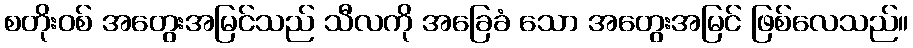
စတိုးဝစ် အတွေးအမြင်သည် သီလကို အခြေခံ သော အတွေးအမြင် ဖြစ်လေသည်။